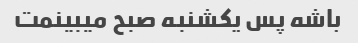
باشه پس یکشنبه صبح میبینمت